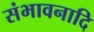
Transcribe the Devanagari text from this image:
संभावनादि